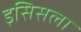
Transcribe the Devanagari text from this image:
इसिसला